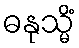
ဓနုသ္မိံ